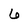
Character: 6